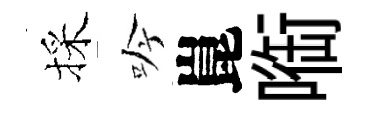
採吟崑㗸